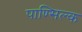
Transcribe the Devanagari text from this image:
पाण्सिल्क